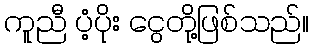
ကူညီ ပံ့ပိုး ငွေတို့ဖြစ်သည်။